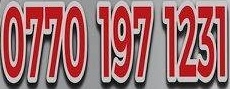
0770 197 1231